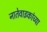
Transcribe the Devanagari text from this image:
नातेवाइकांच्या